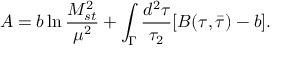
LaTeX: { \cal A } = b \ln \frac { M _ { s t } ^ { 2 } } { \mu ^ { 2 } } + \int _ { \Gamma } \frac { d ^ { 2 } \tau } { \tau _ { 2 } } [ B ( \tau , { \bar { \tau } } ) - b ] .